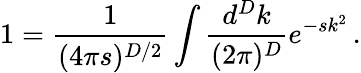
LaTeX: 1=\frac{1}{(4\pi s)^{D/2}}\int\frac{d^{D}k}{(2\pi)^{D}}e^{-sk^{2}}\, .